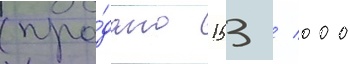
(про́дано 153 / 000